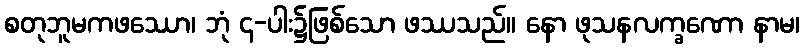
စတုဘူမကဖဿော၊ ဘုံ ၄-ပါး၌ဖြစ်သော ဖဿသည်။ နော ဖုသနလက္ခဏော နာမ၊